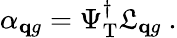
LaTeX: \alpha_{{\mathbf qg}}=\Psi_{\mathrm{T}}^{\dagger}\mathfrak L_{{\mathbf qg}}~.